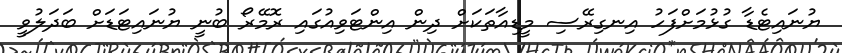
ޔުނައިޓެޑާ ގުޅުމަށްފަހު އިނގިރޭސި މީޑިއާތަކަށް ދިން އިންޓަވިއުގައި ރޮމޭރޯ ބުނީ ޔުނައިޓަޑަށް ބަދަލުވީ